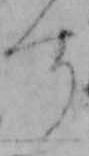
す